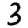
Digit: 3